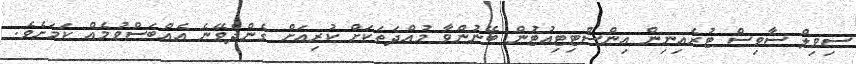
ސިވިލް ސާވިސް ޓުރެއިނިން އިންސްޓިޓިއުޓުން ބޭނުންވާ މުއްދަތަކަށް ކުރިއަށް ގެންދެވޭނެ އެއްބަސްވުމެއް ކަމަށެވެ.